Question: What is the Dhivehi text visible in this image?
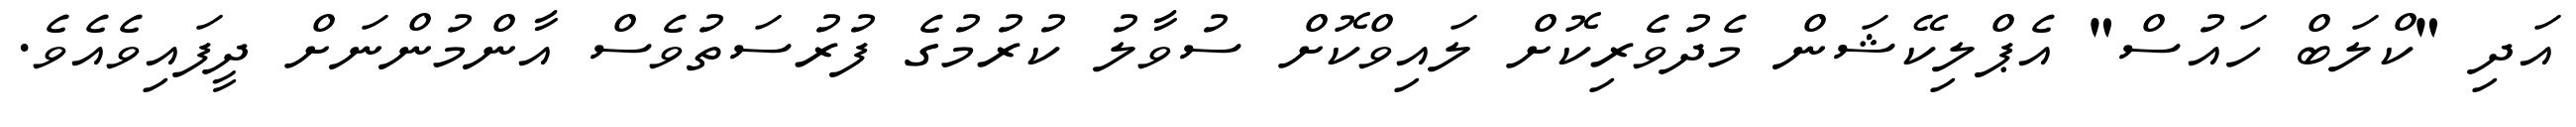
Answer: އަދި "ކްލަބް ހައުސް" އެޕްލިކޭޝަން މެދުވެރިކޮށް ލައިވްކޮށް ސުވާލު ކުރުމުގެ ފުރުސަތުވެސް އާންމުންނަށް ދީފައިވެއެވެ.